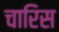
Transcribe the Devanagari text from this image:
चारिस